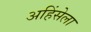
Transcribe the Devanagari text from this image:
अहिंसेला